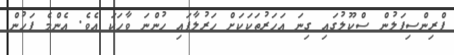
ޕްރިންސިޕަލުން ސްކޫލުގައި ގިނަ އަހަރުތަކަކަށް ހަރުލާފައި ހުންނަ ވާހަކަ އެވެ. އެންމެ ފަހުން